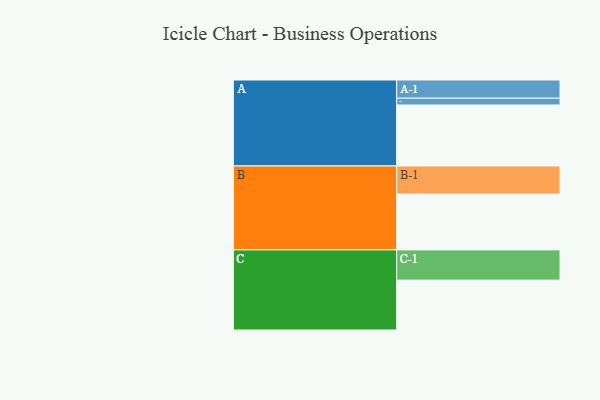
{"axis": {"x": "Segment", "y": "Value"}, "legend": ["", "A", "B", "C"], "data": [{"x": "A", "y": 556, "type": ""}, {"x": "B", "y": 510, "type": ""}, {"x": "C", "y": 455, "type": ""}, {"x": "A-1", "y": 166, "type": "A"}, {"x": "A-2", "y": 62, "type": "A"}, {"x": "B-1", "y": 256, "type": "B"}, {"x": "C-1", "y": 276, "type": "C"}]}